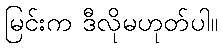
မြင်းက ဒီလိုမဟုတ်ပါ။